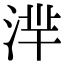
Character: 𣶿